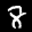
Label: 8